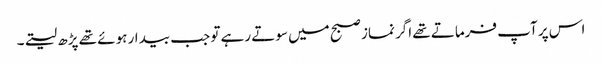
اس پر آپ فرماتے تھے اگر نماز صبح میں سوتے رہے تو جب بیدار ہوئے تھے پڑھ لیتے۔